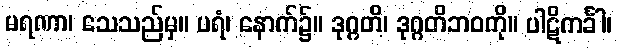
မရဏာ၊ သေသည်မှ။ ပရံ၊ နောက်၌။ ဒုဂ္ဂတိ၊ ဒုဂ္ဂတိဘဝကို။ ပါဋိကင်္ခါ၊